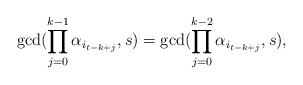
LaTeX: \begin{align*}\gcd(\prod_{j=0}^{k-1}{\alpha_{i_{t-k+j}}},s)=\gcd(\prod_{j=0}^{k-2}{\alpha_{i_{t-k+j}}},s),\end{align*}